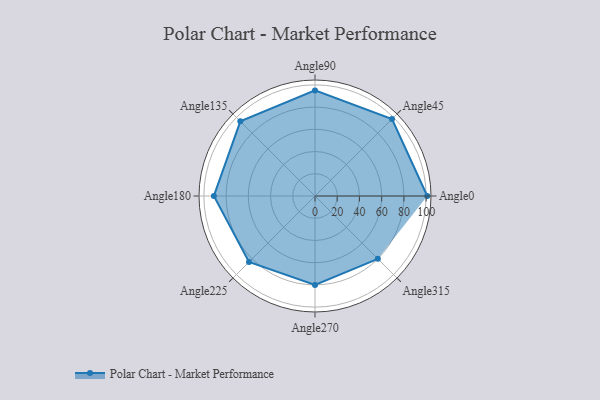
{"axis": {"x": "Angle", "y": "Radius"}, "legend": [""], "data": [{"x": "Angle0", "y": 101.0, "type": ""}, {"x": "Angle45", "y": 98.0, "type": ""}, {"x": "Angle90", "y": 95.0, "type": ""}, {"x": "Angle135", "y": 95.0, "type": ""}, {"x": "Angle180", "y": 91.0, "type": ""}, {"x": "Angle225", "y": 84.0, "type": ""}, {"x": "Angle270", "y": 80.0, "type": ""}, {"x": "Angle315", "y": 80.0, "type": ""}]}